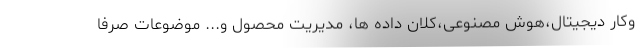
وکار دیجیتال،هوش مصنوعی،کلان داده ها، مدیریت محصول و... موضوعات صرفا